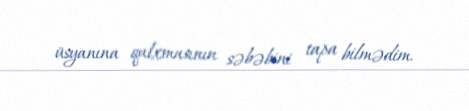
üsyanına qalxmasının səbəbini tapa bilmədim.